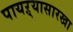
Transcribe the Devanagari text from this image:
पायऱ्यासारखा